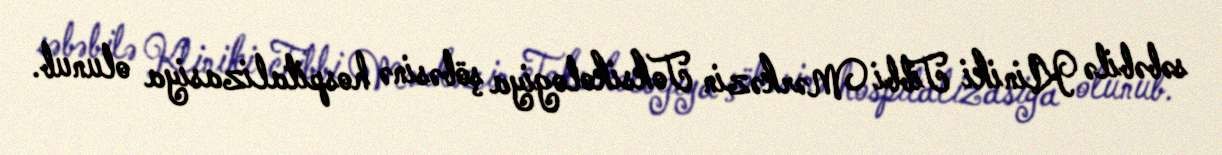
səbəbilə Kliniki Tibbi Mərkəzin Toksikologiya şöbəsinə hospitalizasiya olunub.